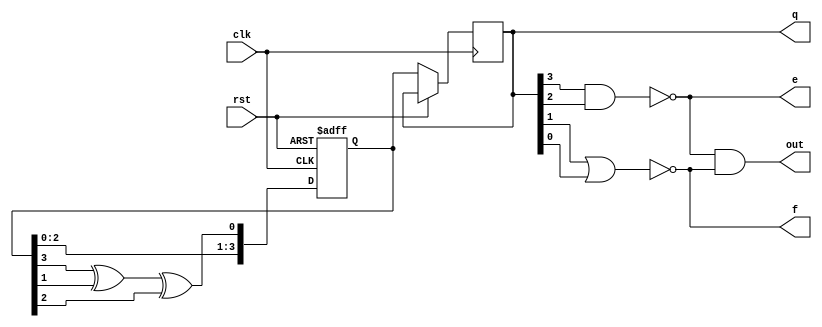
module lfsr_4bit_and_gate(
  input  clk,
  input rst,
  output reg [3:0] q,
  output out,e,f
);

  reg [3:0] reg_q;
  reg feedback;
  
  wire[3:0] q_wires;

  always @(posedge clk or posedge rst) begin
    if (rst)
      reg_q <= 4'b1100;
    else begin
      reg_q<={reg_q[2], reg_q[1], reg_q[0],reg_q[3]^ reg_q[1]^ reg_q[2]};
      q<=reg_q;
    end
  end

  //assign q = lfsr_reg;
  assign q_wires = q;
wire e, f;
  nand(e, q_wires[3], q_wires[2]);
  nor (f, q_wires[1], q_wires[0]);
  and( out,e,f);


endmodule